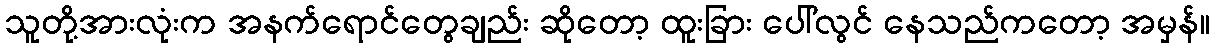
သူတို့အားလုံးက အနက်ရောင်တွေချည်း ဆိုတော့ ထူးခြား ပေါ်လွင် နေသည်ကတော့ အမှန်။